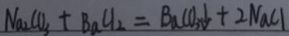
N a _ { 2 } C O _ { 3 } + B a C l _ { 2 } = B a C O _ { 3 } \downarrow + 2 N a C l